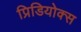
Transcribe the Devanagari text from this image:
प्रिडियोक्स